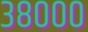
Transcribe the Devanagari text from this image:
३८०००